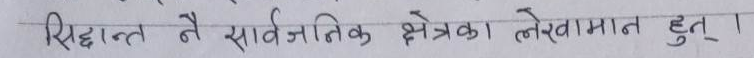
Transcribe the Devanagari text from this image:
सिद्धान्त नै सार्वजनिक क्षेत्रका लेखामा हुन् ।